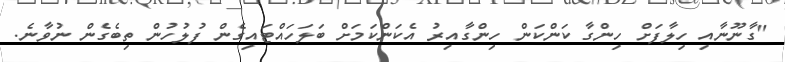
"ގާނޫނާއި ހިލާފަށް ހިންގާ ކަންކަން ހިންގާއިރު އެކަންކަމަށް ބަލަހައްޓައިގެން ފުލުހުން ތިބެގެން ނުވާނެ.